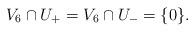
LaTeX: \begin{align*}V_6\cap U_+=V_6\cap U_-=\{0\}.\end{align*}